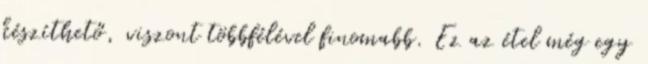
készíthető, viszont többfélével finomabb. Ez az étel még egy